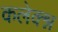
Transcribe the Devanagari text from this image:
कलेक्श्न